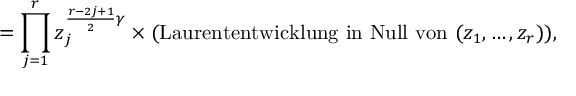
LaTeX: = \prod _ { j = 1 } ^ { r } z _ { j } ^ { \frac { r - 2 j + 1 } { 2 } \gamma } \times \mathrm { ( L a u r e n t e n t w i c k l u n g ~ i n ~ N u l l ~ v o n ~ } ( z _ { 1 } , \ldots , z _ { r } ) ) ,